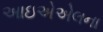
આઇએએલના